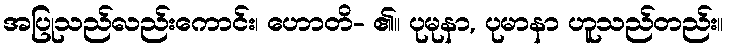
အပြုသည်လည်းကောင်း၊ ဟောတိ- ၏။ ပုမုနာ, ပုမာနာ ဟူသည်တည်း။